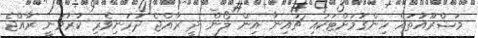
މަޝްރޫއުތައް ހިންގުމަށްޓަކައި ޗައިނާ އިން ލޯން ދީ ރާއްޖެ ދަރަނިވެރި ކުރުވަނީ ރާއްޖެ